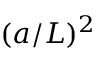
( a / L ) ^ { 2 }